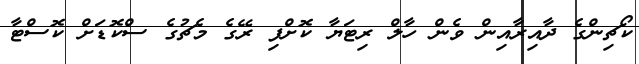
ކޯޗިންގެ ދާއިރާއިން ވެން ހާލް ރިޓަޔާ ކޮށްފި ރޭގެ މެޗުގެ ސްކޮޑަށް ކޮސްޓާ